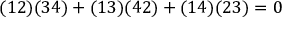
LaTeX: ( 1 2 ) ( 3 4 ) + ( 1 3 ) ( 4 2 ) + ( 1 4 ) ( 2 3 ) = 0